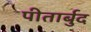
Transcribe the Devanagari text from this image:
पीतार्बुद